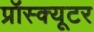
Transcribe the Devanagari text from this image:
प्रॉस्क्यूटर